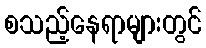
စသည့်နေရာများတွင်